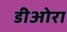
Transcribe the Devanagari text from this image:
डीओरा